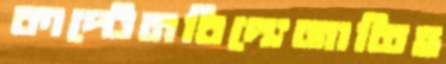
কাপ্টেনবিদ্যেজাতিহ